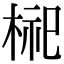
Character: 𪲢